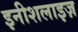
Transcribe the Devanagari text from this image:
इनीशलाइज़